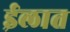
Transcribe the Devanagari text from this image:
ईलात